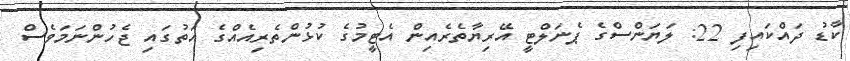
ކާޑު ދައްކައިފި 22: ލަޔަންސްގެ ޕެނަލްޓީ އޭރިޔާތެރެއިން އެޓީމުގެ ކުޅުންތެރިއެއްގެ އަތުގައި ޖެހުންނަމަވެސް